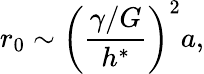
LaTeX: r_{0}\sim\left(\frac{\gamma/G}{h^{*}}\right)^{2}a,